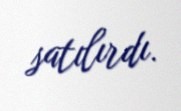
satılırdı.